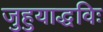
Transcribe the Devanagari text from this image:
जुहुयाद्धविः